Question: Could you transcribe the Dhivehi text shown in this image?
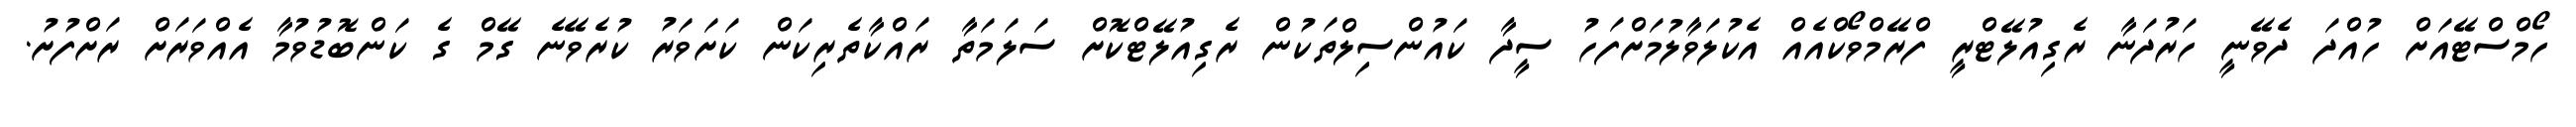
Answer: ހޯމްސްޓޭއަށް ހުއްދަ ދެވޭނީ ހަރުދަނާ ރެގިއުލޭޓްރީ ފްރޭމްވޯކްއެއް އެކުލަވާލުމަށްފަހު ސީދާ ކައުންސިލްތަކުން ރެގިއުލޭޓްކޮށް ސަލަމަތާ ރައްކާތެރިކަން ކަށަވަރު ކުރެވޭނެ ގޭމް ގެ ކަންބޮޑުވުމާ އެއްވަރަށް ރަށްފުށު.